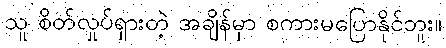
သူ စိတ်လှုပ်ရှားတဲ့ အချိန်မှာ စကားမပြောနိုင်ဘူး။